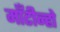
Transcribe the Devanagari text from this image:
माँटीन्हो